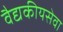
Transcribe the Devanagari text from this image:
वैद्यकीयसेवा